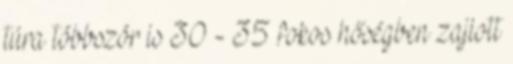
túra többször is 30 - 35 fokos hőségben zajlott